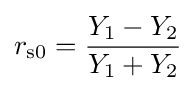
r_{\text{s0}}={\frac {Y_{1}-Y_{2}}{Y_{1}+Y_{2}}}